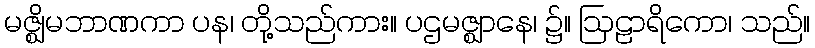
မဇ္ဈိမဘာဏကာ ပန၊ တို့သည်ကား။ ပဌမဇ္ဈာနေ၊ ၌။ ဩဠာရိကော၊ သည်။